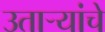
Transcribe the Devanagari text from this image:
उतार्‍यांचे